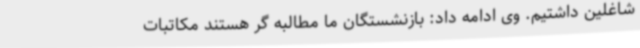
شاغلین داشتیم. وی ادامه داد: بازنشستگان ما مطالبه گر هستند مکاتبات